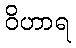
ဝိဟာရ